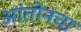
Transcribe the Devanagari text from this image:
आंतोनचा